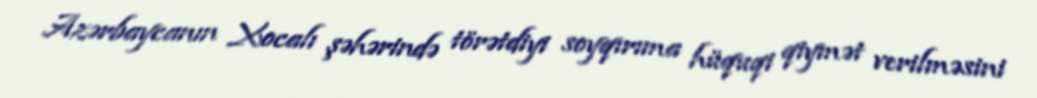
Azərbaycanın Xocalı şəhərində törətdiyi soyqırıma hüquqi qiymət verilməsini